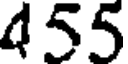
455